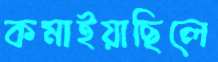
কমাইয়াছিলে